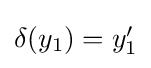
{\textstyle \delta (y_{1})=y_{1}^{\prime }}